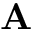
\mathbf { A }